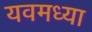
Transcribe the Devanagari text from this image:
यवमध्या